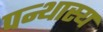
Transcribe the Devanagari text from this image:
पन्थास्य